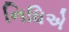
નિધિએ